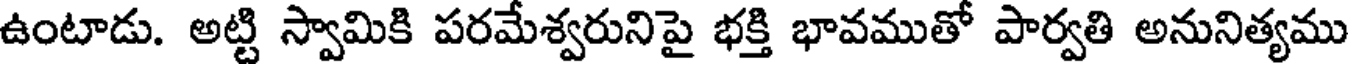
ఉంటాడు. అట్టి స్వామికి పరమేశ్వరునిపై భక్తి భావముతో పార్వతి అనునిత్యము